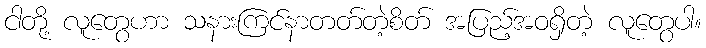
ငါတို့ လူတွေဟာ သနားကြင်နာတတ်တဲ့စိတ် အပြည့်အဝရှိတဲ့ လူတွေပါ။